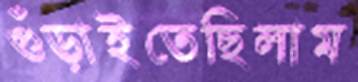
গুঁড়াইতেছিলাম